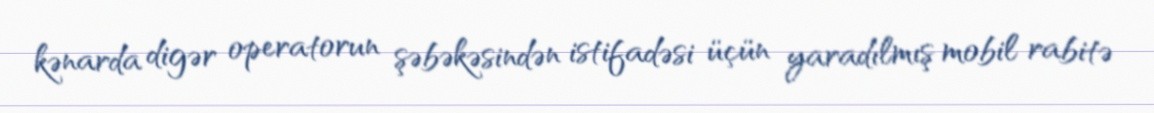
kənarda digər operatorun şəbəkəsindən istifadəsi üçün yaradılmış mobil rabitə